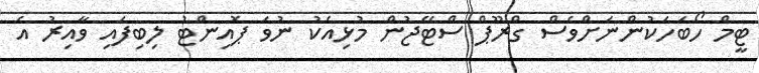
ޓީމް ހޯބަހަކުންނަށްވެސް ގްރޫޕް ސްޓޭޖުން މުޅިއެކު ނުވަ ޕޮއިންޓު ލިބިފައި ވާއިރު އެ